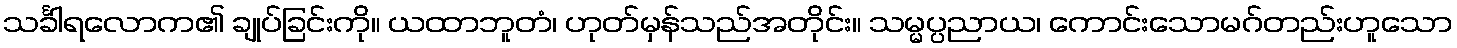
သင်္ခါရလောက၏ ချုပ်ခြင်းကို။ ယထာဘူတံ၊ ဟုတ်မှန်သည်အတိုင်း။ သမ္မပ္ပညာယ၊ ကောင်းသောမဂ်တည်းဟူသော